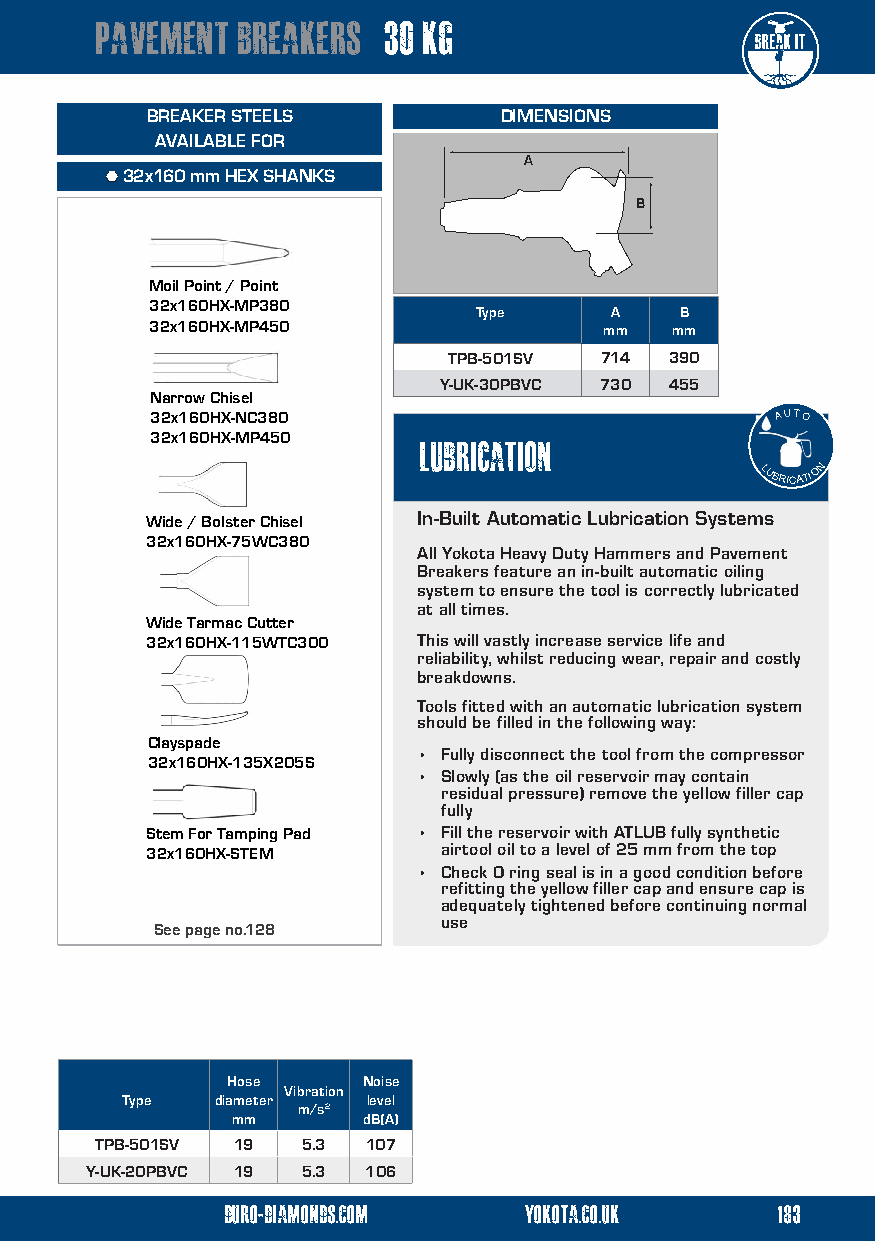
pavement  breakers 30 kg
 BREAKER STEELS         DIMENSIONS
 AVAILABLE FOR
 A
  32x160 mm HEX SHANKS
 B
 Moil Point / Point
 32x160HX-MP380
 Type     A    B
 32x160HX-MP450                mm  mm
 TPB-501SV 714 390
 Y-UK-30PBVC 730 455
 Narrow Chisel
 32x160HX-NC380                           AA UU TT OO
 32x160HX-MP450    lubrication
 LLUBRICATION
 Wide / Bolster Chisel In-Built Automatic Lubrication Systems
 32x160HX-75WC380
 All Yokota Heavy Duty Hammers and Pavement
 Breakers feature an in-built automatic oiling
 system to ensure the tool is correctly lubricated
 at all times.
 Wide Tarmac Cutter
 32x160HX-115WTC300 This will vastly increase service life and
 reliability, whilst reducing wear, repair and costly
 breakdowns.
 Tools fitted with an automatic lubrication system
 should be filled in the following way:
 Clayspade
 • Fully disconnect the tool from the compressor
 32x160HX-135X205S
 • Slowly (as the oil reservoir may contain
 residual pressure) remove the yellow filler cap
 fully
 Stem For Tamping Pad • Fill the reservoir with ATLUB fully synthetic
 32x160HX-STEM      airtool oil to a level of 25 mm from the top
 • Check O ring seal is in a good condition before
 refitting the yellow filler cap and ensure cap is
 adequately tightened before continuing normal
 use
 See page no.128
 Hose     Noise
 Vibration
 Type  diameter  level
 m/s2
 mm       dB(A)
 TPB-501SV 19  5.3 107
 Y-UK-20PBVC 19 5.3 106
 duro-diamonds.com   yokota.co.uk    183
 duro-diamonds.com yokota.co.uk  12